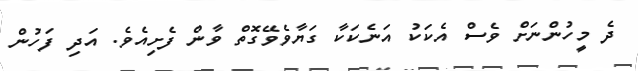
ދެ މީހުންނަށް ވެސް އެކަކު އަނެކަކާ ގަޔާވެވޭގޮތް ވާން ފެށިއެވެ. އަދި ފަހުން